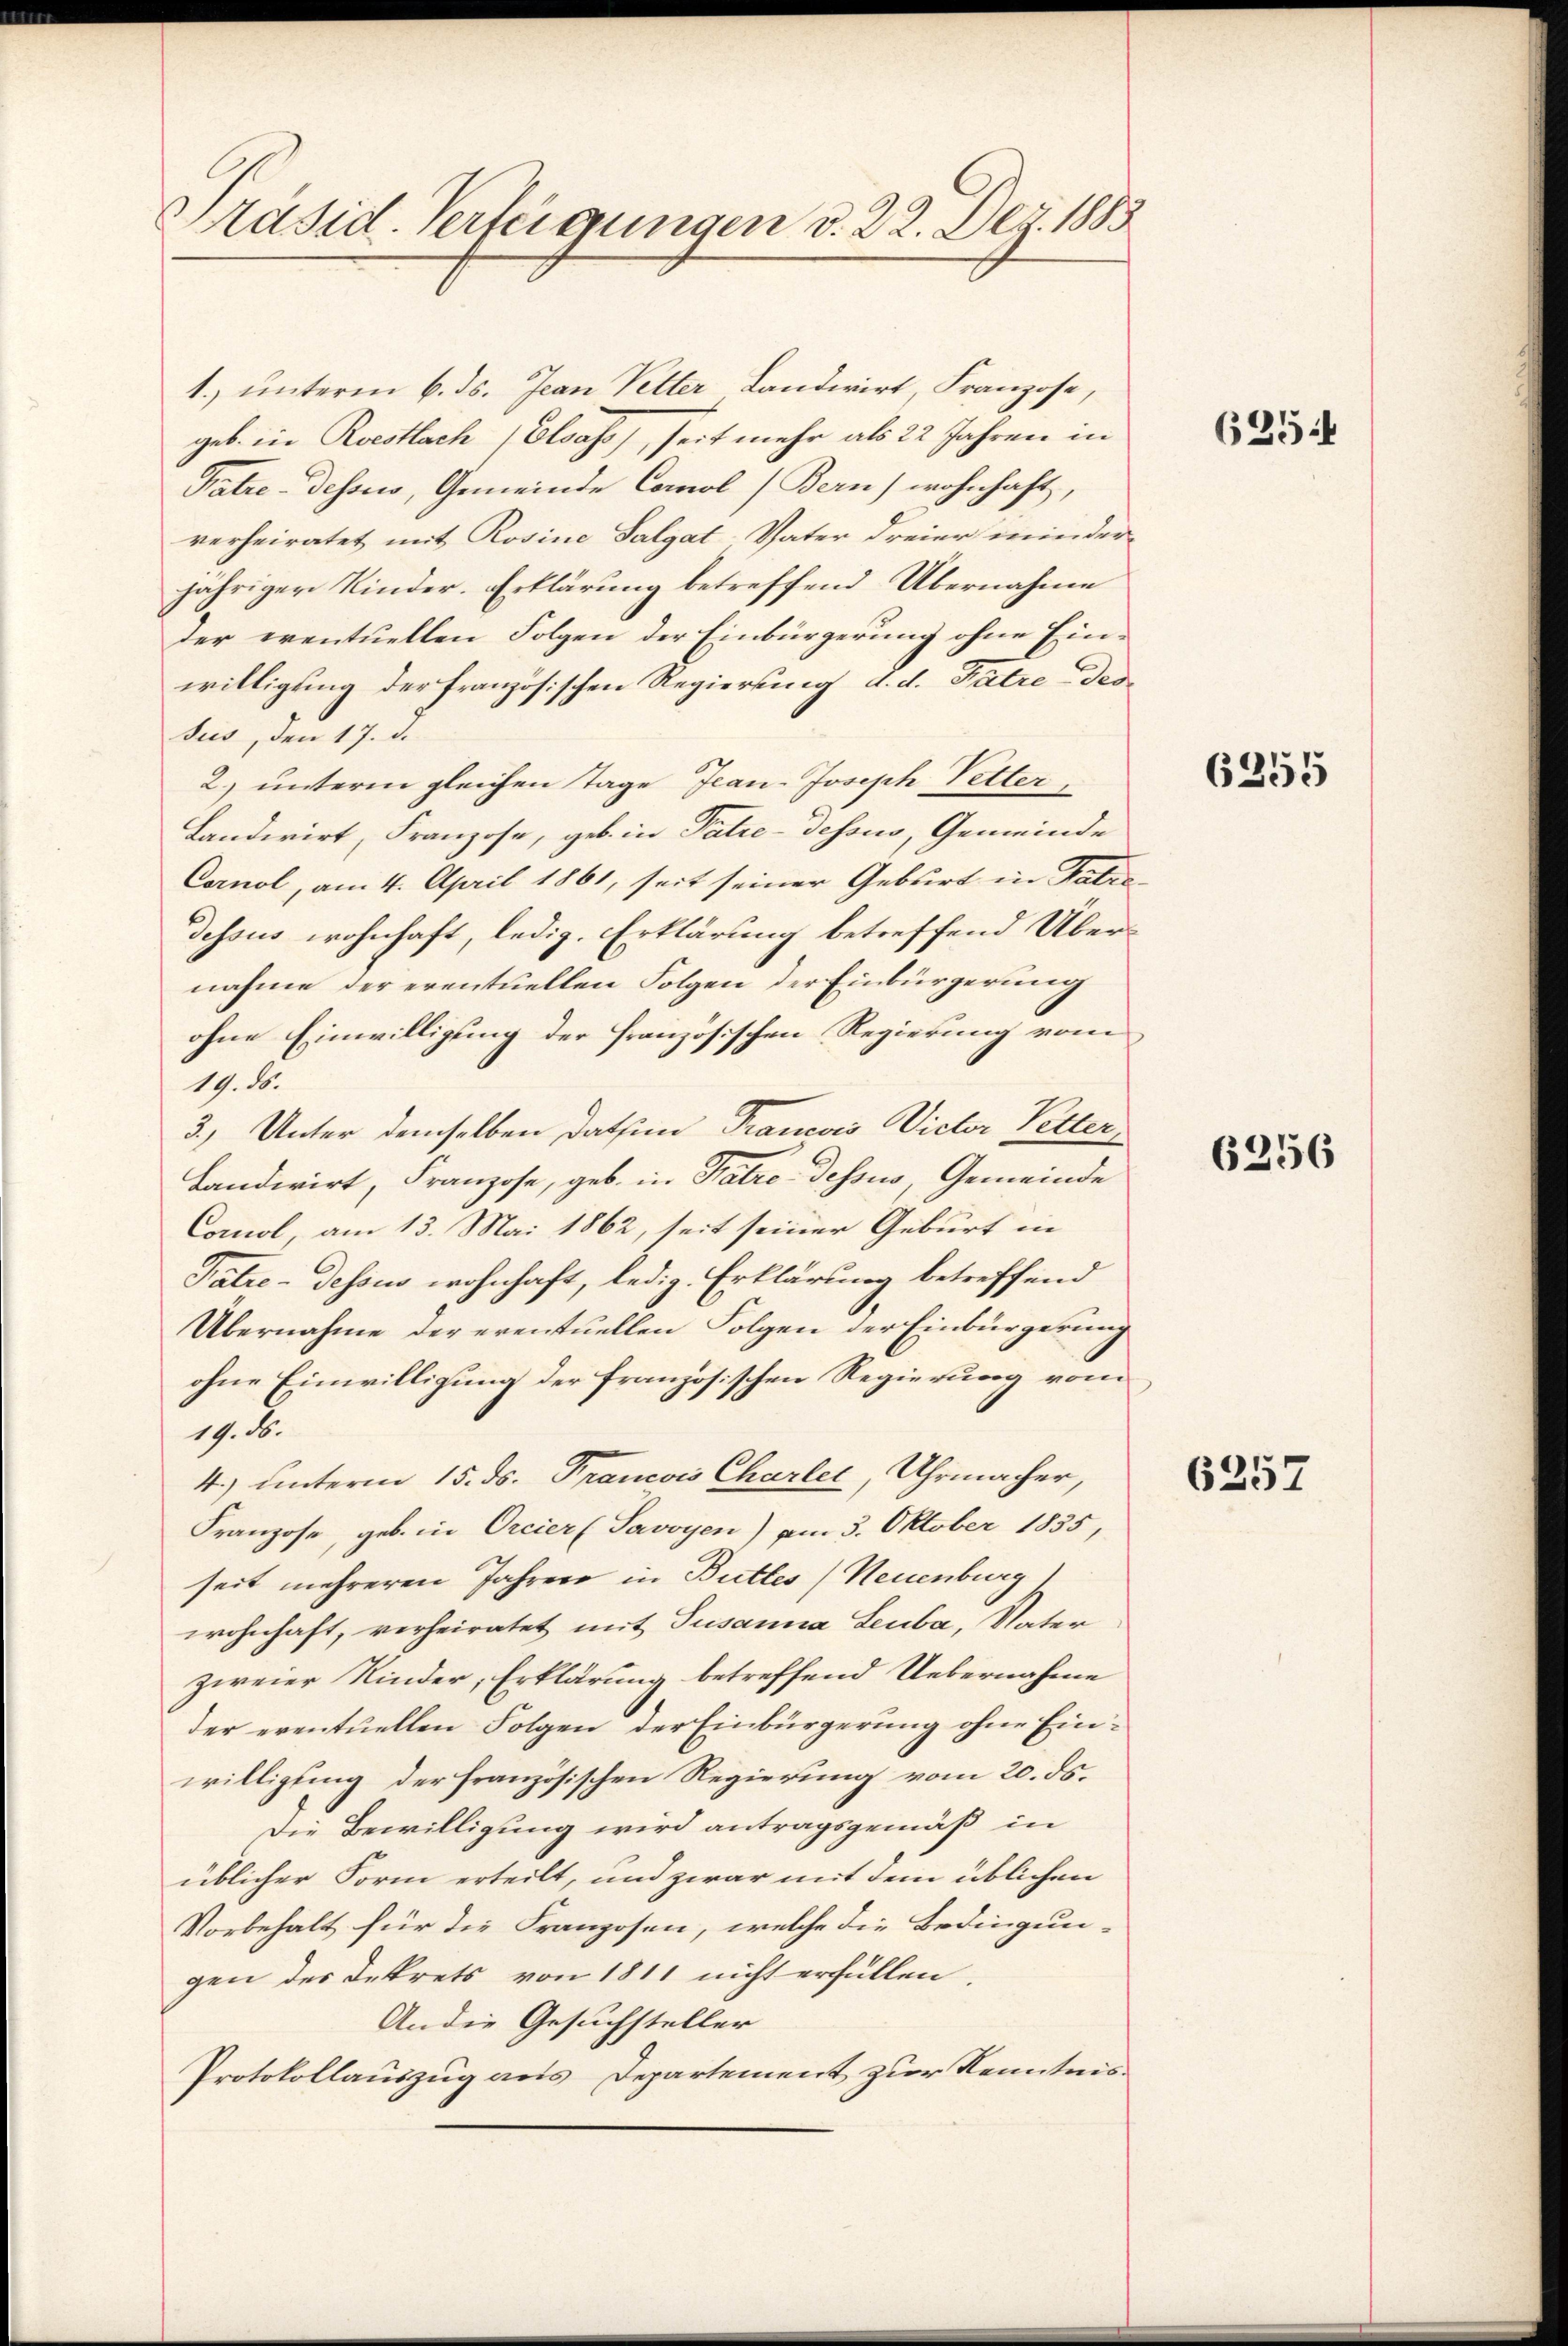
Präsid. Verteigungen d. 22. Der 1883

1.) unterm 6. ds. Jean Petter Landwirt Franzose,
geb. in Roestlach (Elsass, seit mehr als 22 Jahren in
Patre-Dessens, Gemeinde Corol (Bern) wohnhaft,
verheiratet mit Rosine Salgat-Vater Freierminder
jähriger Kinder. Erklärung betreffend Übernahme
der eventuellen Folgen der Einbürgerung ohne Ein-
willigung der französischen Regierung d. d. Fatre des
sus, den 17. d.
2.) unterm gleichen Tage Jean-Joseph Petter,
Landwirt, Franzose, geb. in Patie-Dessus, Gemeinde
Cornol, am 4. April 1861, seit seiner Geburt in Patrodessus wohnhaft, ledig. Erklärung betreffend Übernahme der eventuellen Folgen der Einbürgerung
ohne Einwilligung der französischen Regierung vom
19. d.
3.) Unter demselben dation Francois Vieler Petter
Landwirt, Franzose, geb. in Patro dessus, Gemeinde
Comol, am 13. Mai 1862, seit seiner Geburt in
Patie-Dessus wohnhaft, ledig. Erklärung betreffend
Übernahme der eventuellen Folgen der Einbürgerung
ohne Einwilligung der französischen Regierung vom
19. ds.
4.) unterm 15. ds. Francois Charler, Uhrmacher,
Franzose, geb. in Orcier (Savoyen) am 3. Oktober 1835,
seit mehreren Jahren in Buttes) Neuenburg
wohnhaft, verheiratet mit Susanna Leuba, Vater
zweier Kinder, Erklärung betreffend Uebernahme
der eventuellen Folgen der Einbürgerung ohne Einwilligung der französischen Regierung vom 20. ds.
Die Bewilligung wird antragsgemäß in
üblicher Form erteilt, und zwar mit dem üblichen
Vorbehalt für die Franzosen, welche die Bedingun-
gen des Dekrets von 1811 nicht erfüllen
An die Gesuchsteller
Protokollauszug aus Departement zur Kenntnis¬

625 f

6255

6256

6257